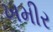
ખમીર